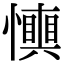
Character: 𢤋